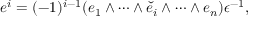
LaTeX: e ^ { i } = ( - 1 ) ^ { i - 1 } ( e _ { 1 } \wedge \cdots \wedge { \check { e } } _ { i } \wedge \cdots \wedge e _ { n } ) \epsilon ^ { - 1 } ,